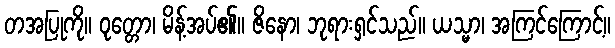
တအပြုကို။ ဝုတ္တော၊ မိန့်အပ်၏။ ဇိနော၊ ဘုရားရှင်သည်။ ယသ္မာ၊ အကြင်ကြောင့်။